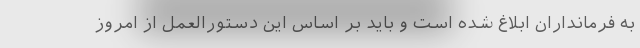
به فرمانداران ابلاغ شده است و باید بر اساس این دستورالعمل از امروز